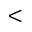
<